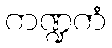
ကဏ္ဍကံ